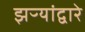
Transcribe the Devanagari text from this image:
झऱ्यांद्वारे